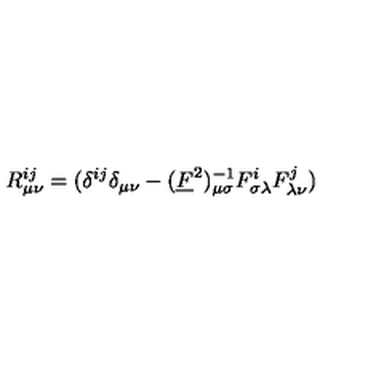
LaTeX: R _ { \mu \nu } ^ { i j } = ( \delta ^ { i j } \delta _ { \mu \nu } - ( \underline { { F } } ^ { 2 } ) _ { \mu \sigma } ^ { - 1 } F _ { \sigma \lambda } ^ { i } F _ { \lambda \nu } ^ { j } )